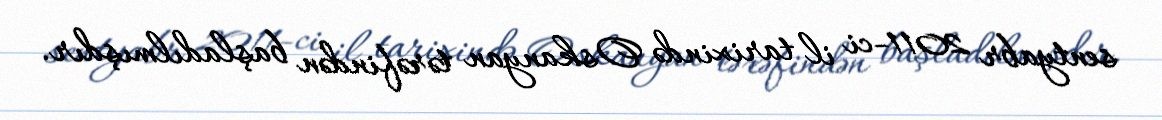
sentyabr 2011-ci il tarixində Oskanyan tərəfindən başladılmışdır.